Report on horse surra - Volume II, Part I
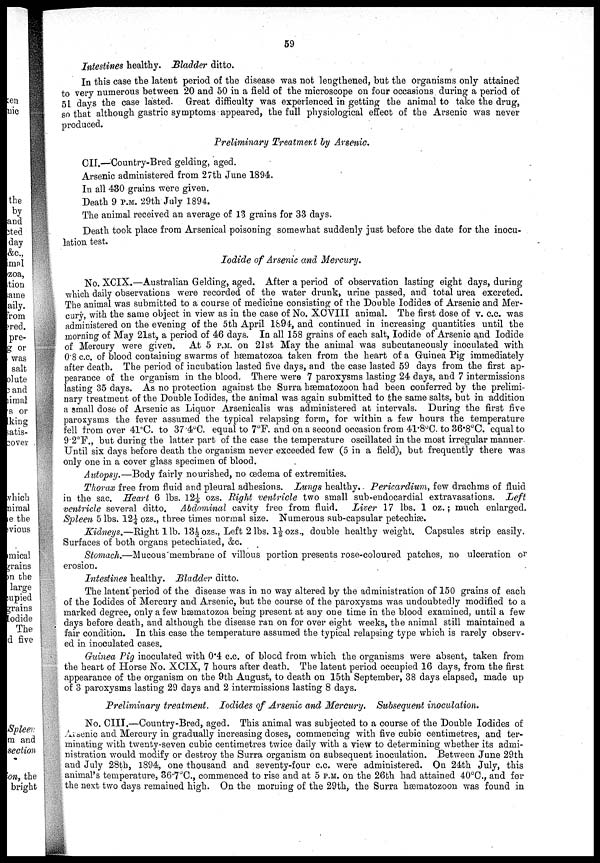
59
Intestines healthy. Bladder ditto.
In this case the latent period of the disease was not lengthened, but the organisms only attained
to very numerous between 20 and 50 in a field of the microscope on four occasions during a period of
51 days the case lasted. Great difficulty was experienced in getting the animal to take the drug,
so that although gastric symptoms appeared, the full physiological effect of the Arsenic was never
produced.
Preliminary Treatment by Arsenic.
CII.—Country-Bred gelding, aged.
Arsenic administered from 27th June 1894.
In all 430 grains were given.
Death 9 P.M. 29th July 1894.
The animal received an average of 13 grains for 33 days.
Death took place from Arsenical poisoning somewhat suddenly just before the date for the inocu-
lation test.
Iodide of Arsenic and Mercury.
No. XCIX.—Australian Gelding, aged. After a period of observation lasting eight days, during
which daily observations were recorded of the water drunk, urine passed, and total urea excreted.
The animal was submitted to a course of medicine consisting of the Double Iodides of Arsenic and Mer-
cury, with the same object in view as in the case of No. XCVIII animal. The first dose of v. c.c. was
administered on the evening of the 5th April 1894, and continued in increasing quantities until the
morning of May 21st, a period of 46 days. In all 158 grains of each salt, Iodide of Arsenic and Iodide
of Mercury were given. At 5 P.M. on 21st May the animal was subcutaneously inoculated with
0.8 c.c. of blood containing swarms of hæmatozoa taken from the heart of a Guinea Pig immediately
after death. The period of incubation lasted five days, and the case lasted 59 days from the first ap-
pearance of the organism in the blood. There were 7 paroxysms lasting 24 days, and 7 intermissions
lasting 35 days. As no protection against the Surra hæmatozoon had been conferred by the prelimi-
nary treatment of the Double Iodides, the animal was again submitted to the same salts, but in addition
a small dose of Arsenic as Liquor Arsenicalis was administered at intervals. During the first five
paroxysms the fever assumed the typical relapsing form, for within a few hours the temperature
fell from over 41°C. to 37.4°C. equal to 7°F. and on a second occasion from 41.8ºC. to 36.8ºC. equal to
9.2°F., but during the latter part of the case the temperature oscillated in the most irregular manner.
Until six days before death the organism never exceeded few (5 in a field), but frequently there was
only one in a cover glass specimen of blood.
Autopsy.—Body fairly nourished, no œdema of extremities.
Thorax free from fluid and pleural adhesions. Lungs healthy. Pericardium, few drachms of fluid
in the sac. Heart 6 lbs. 12¼ ozs. Right ventricle two small sub-endocardial extravasations. Left
ventricle several ditto. Abdominal cavity free from fluid. Liver 17 lbs. 1 oz.; much enlarged.
Spleen 5 lbs. 12¼ ozs., three times normal size. Numerous sub-capsular petechiæ.
Kidneys.—Right 1 lb. 13½ ozs., Left 2 lbs. 1½ ozs., double healthy weight. Capsules strip easily.
Surfaces of both organs petechiated, &c.
Stomach.—Mucous membrane of villous portion presents rose-coloured patches, no ulceration or
erosion.
Intestines healthy. Bladder ditto.
The latent period of the disease was in no way altered by the administration of 150 grains of each
of the Iodides of Mercury and Arsenic, but the course of the paroxysms was undoubtedly modified to a
marked degree, only a few hæmatozoa being present at any one time in the blood examined, until a few
days before death, and although the disease ran on for over eight weeks, the animal still maintained a
fair condition. In this case the temperature assumed the typical relapsing type which is rarely observ-
ed in inoculated cases.
Guinea Pig inoculated with 0.4 c.c. of blood from which the organisms were absent, taken from
the heart of Horse No. XCIX, 7 hours after death. The latent period occupied 16 days, from the first
appearance of the organism on the 9th August, to death on 15th September, 38 days elapsed, made up
of 3 paroxysms lasting 29 days and 2 intermissions lasting 8 days.
Preliminary treatment. Iodides of Arsenic and Mercury. Subsequent inoculation.
No. CIII.—Country-Bred, aged. This animal was subjected to a course of the Double Iodides of
Arsenic and Mercury in gradually increasing doses, commencing with five cubic centimetres, and ter-
minating with twenty-seven cubic centimetres twice daily with a view to determining whether its admi-
nistration would modify or destroy the Surra organism on subsequent inoculation. Between June 29th
and July 28th, 1894, one thousand and seventy-four c.c. were administered. On 24th July, this
animal's temperature, 36.7°C., commenced to rise and at 5 P.M. on the 26th had attained 40°C., and for
the next two days remained high. On the morning of the 29th, the Surra hæmatozoon was found in